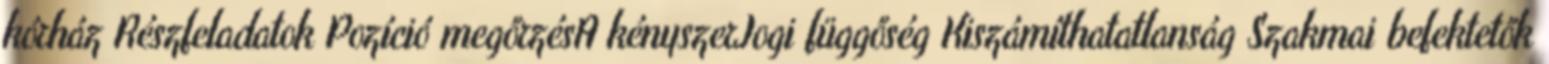
kórház Részfeladatok Pozíció megőrzésA kényszerJogi függőség Kiszámíthatatlanság Szakmai befektetők